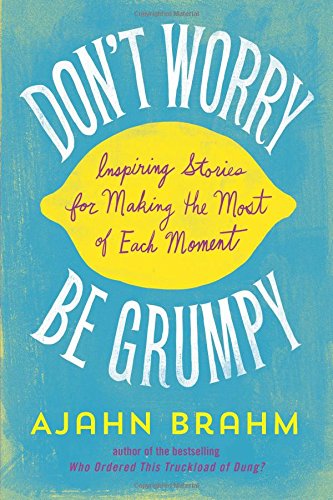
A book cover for Don't Worry, Be Grumpy: Inspiring Stories for Making the Most of Each Moment; Ajahn Brahm; Humor & Entertainment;